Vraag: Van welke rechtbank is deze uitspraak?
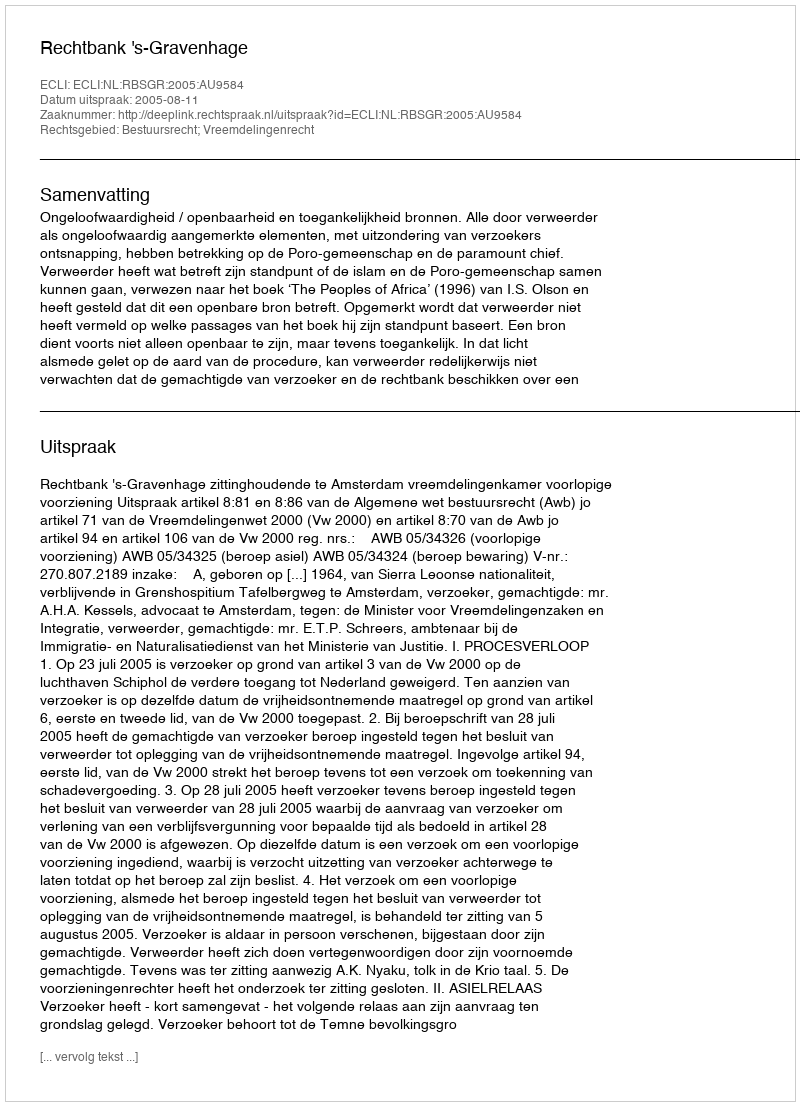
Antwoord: Rechtbank 's-Gravenhage